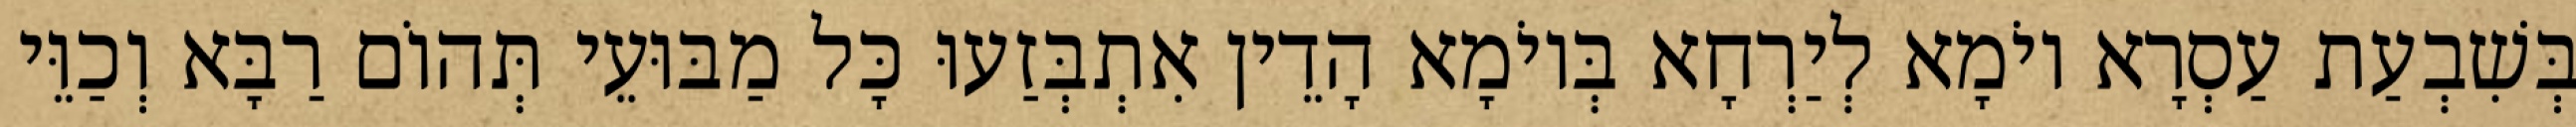
בְּשִׁבְעַת עַסְרָא יוֹמָא לְיַרְחָא בְּיוֹמָא הָדֵין אִתְבְּזַעוּ כָּל מַבּוּעֵי תְּהוֹם רַבָּא וְכַוֵּי